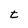
Character: t